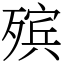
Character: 殡